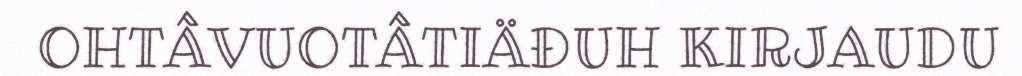
OHTÂVUOTÂTIÄĐUH KIRJAUDU